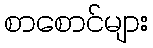
စာစောင်များ